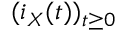
( i _ { X } ( t ) ) _ { t \geq 0 }